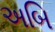
અબિ